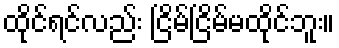
ထိုင်ရင်လည်း ငြိမ်ငြိမ်မထိုင်ဘူး။